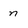
Character: n